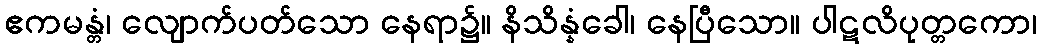
ဧကမန္တံ၊ လျောက်ပတ်သော နေရာ၌။ နိသိန္နံခေါ၊ နေပြီသော။ ပါဋလိပုတ္တကော၊